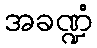
အခဏ္ဍံ